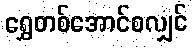
ရွှေတစ်အောင်စလျှင်